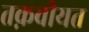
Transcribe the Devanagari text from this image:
तक़वीयत